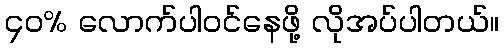
၄၀% လောက်ပါဝင်နေဖို့ လိုအပ်ပါတယ်။